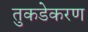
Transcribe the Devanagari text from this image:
तुकडेकरण